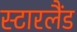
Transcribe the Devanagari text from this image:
स्टारलैंड